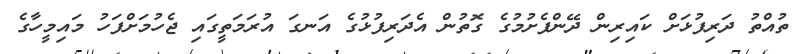
ތުއްތު ދަރިފުޅަށް ކައިރިން ދޭންފެށުމުގެ ގޮތުން އެދަރިފުޅުގެ އަނގަ އުރަމަތީގައި ޖެހުމަށްފަހު މައިމީހާގެ